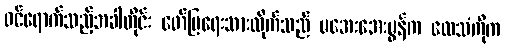
ဝင်ရောက်သည့်အခါတိုင်း ဖော်ပြရေးသားလိုက်သည် မအေးအေးမွန်က လေသံကိုက